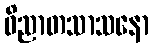
ဝိညာတသာသနော